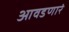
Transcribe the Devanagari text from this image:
आवडणारं